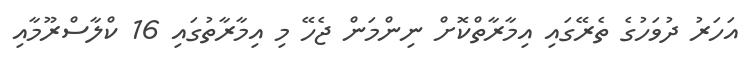
އަހަރު ދުވަހުގެ ތެރޭގައި އިމާރާތްކޮށް ނިންމަން ޖެހޭ މި އިމާރާތުގައި 16 ކްލާސްރޫމާއި